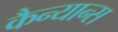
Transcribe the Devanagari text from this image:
कैन्यान्स